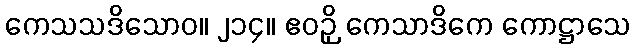
ကေသသဒိသောဝ။ ၂၁၄။ ဧဝဉှိ ကေသာဒိကေ ကောဋ္ဌာသေ